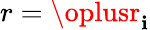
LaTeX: r=\oplusr_{\mathbf{i}}